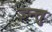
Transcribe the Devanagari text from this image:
इन्तु